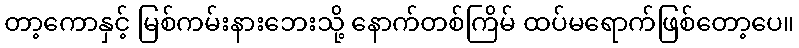
တာ့ကောနှင့် မြစ်ကမ်းနားဘေးသို့ နောက်တစ်ကြိမ် ထပ်မရောက်ဖြစ်တော့ပေ။